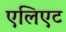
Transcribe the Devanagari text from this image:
एलिएट